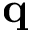
\mathbf { q }